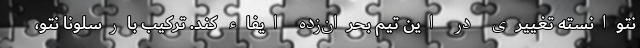
نتوانسته تغییری در این تیم بحران‌زده ایفاء کند. ترکیب بارسلونا نتو،